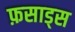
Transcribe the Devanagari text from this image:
फ़साड्स